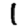
Digit: 1